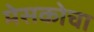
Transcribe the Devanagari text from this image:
मेसकोचा